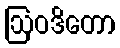
ဩဝဒိတော